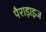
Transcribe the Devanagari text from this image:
पैराड़ाइज